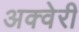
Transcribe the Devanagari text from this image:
अक्वेरी